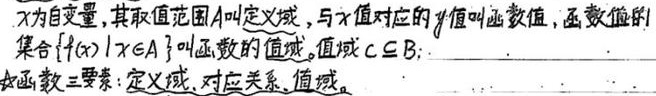
设\(x\)为自变量，其取值范围\(A\)叫定义域，与\(x\)值对应的\(y\)值叫函数值，函数值的集合\(\{ f(x)\mid x\in A\}\)叫函数的值域。值域\(C\subseteq B\)。函数三要素：定义域、对应关系、值域。